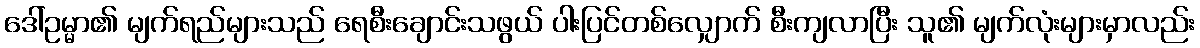
ဒေါ်ဥမ္မာ၏ မျက်ရည်များသည် ရေစီးချောင်းသဖွယ် ပါးပြင်တစ်လျှောက် စီးကျလာပြီး သူ၏ မျက်လုံးများမှာလည်း